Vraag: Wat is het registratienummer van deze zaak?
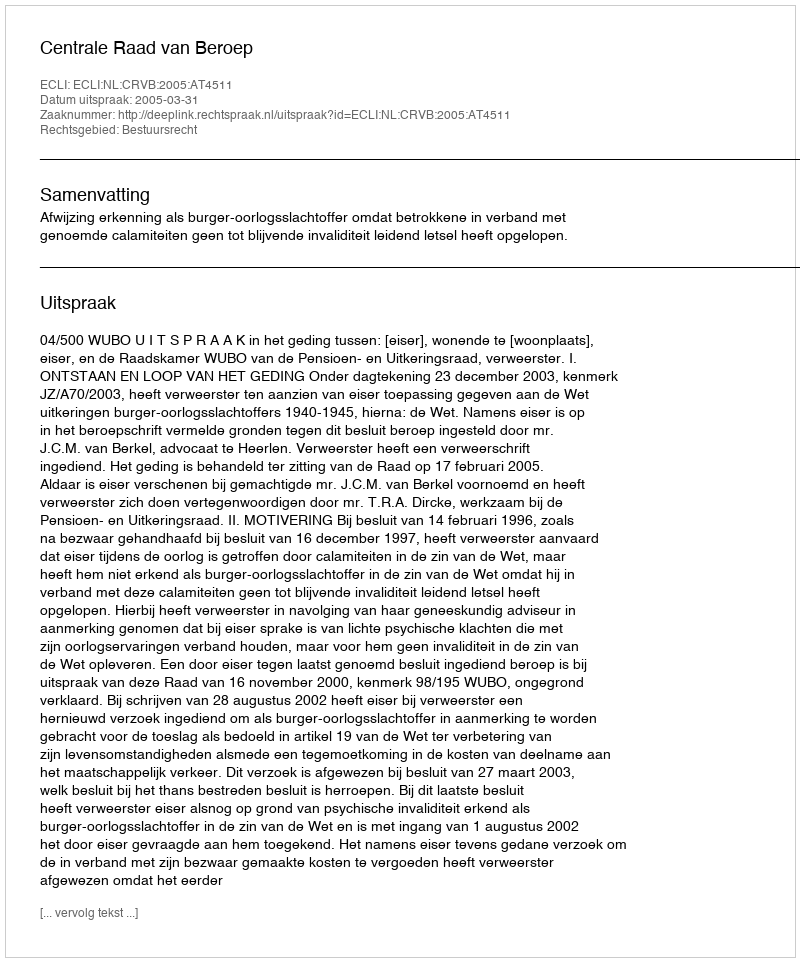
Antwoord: http://deeplink.rechtspraak.nl/uitspraak?id=ECLI:NL:CRVB:2005:AT4511